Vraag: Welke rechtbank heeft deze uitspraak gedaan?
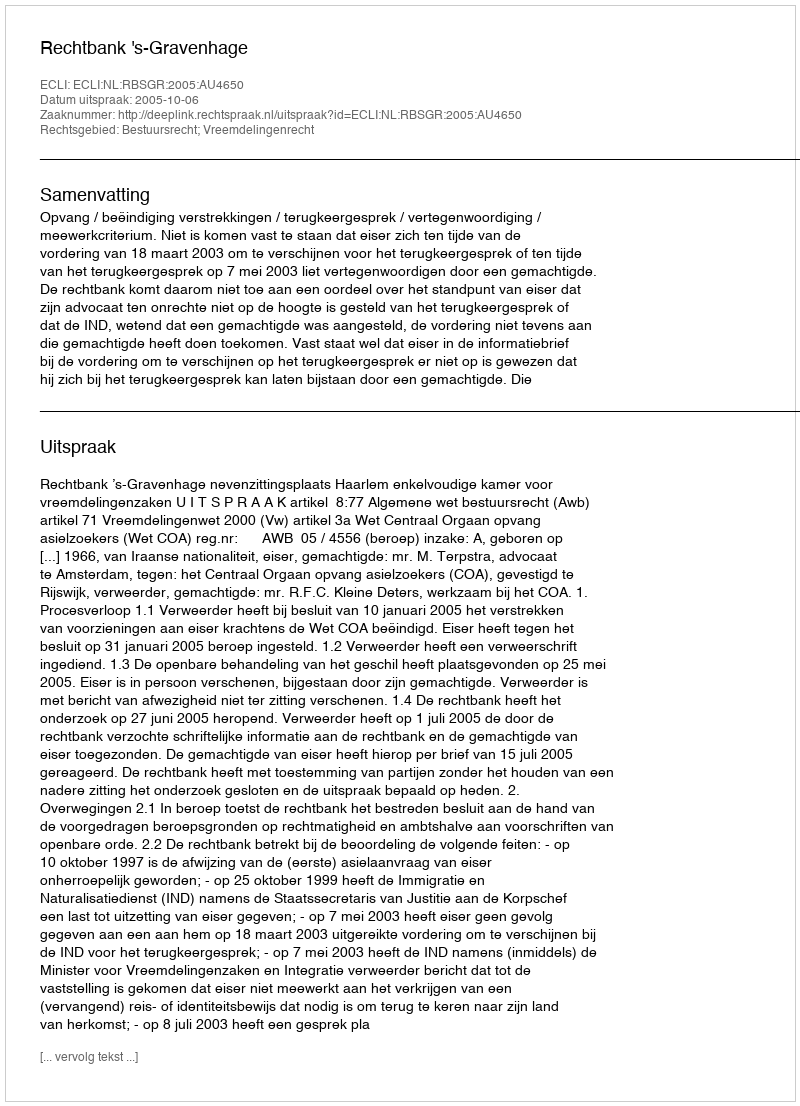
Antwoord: Rechtbank 's-Gravenhage